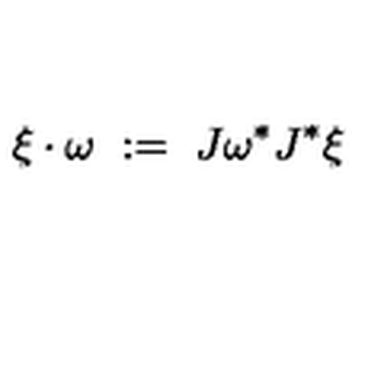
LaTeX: \xi \cdot \omega \ : = \ J \omega ^ { * } J ^ { * } \xi